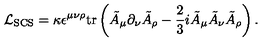
{ \cal L } _ { \mathrm { S C S } } = \kappa \epsilon ^ { \mu \nu \rho } \mathrm { t r } \left( \tilde { A } _ { \mu } \partial _ { \nu } \tilde { A } _ { \rho } - \frac 2 3 i \tilde { A } _ { \mu } \tilde { A } _ { \nu } \tilde { A } _ { \rho } \right) .